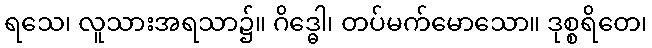
ရသေ၊ လူသားအရသာ၌။ ဂိဒ္ဓေါ၊ တပ်မက်မောသော။ ဒုစ္စရိတေ၊